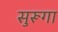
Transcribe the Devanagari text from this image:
सुरूगा